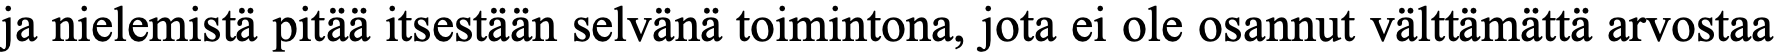
ja nielemistä pitää itsestään selvänä toimintona, jota ei ole osannut välttämättä arvostaa